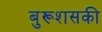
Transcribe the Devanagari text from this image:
बुरूशसकी